Medical and sanitary report on the native army of Bombay for the year
Year: 1877
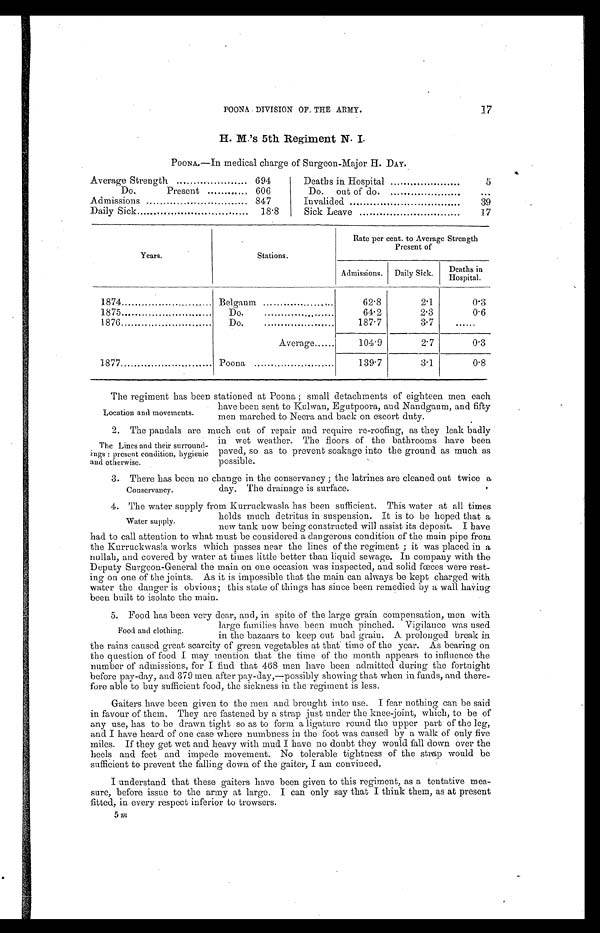
POONA DIVISION OF THE ARMY.
17
H. M.'s 5th Regiment N. I.
POONA.—In medical charge of Surgeon-Major H. DAY.
Average Strength
694
Deaths in Hospital
5
Do.
Present
606
Do. out of do.
...
Admissions
847
Invalided
39
Daily Sick....
1 8 . 8 Sick Leave
17
Years.
Stations.
Rate per cent. to Average Strength
Present of
Admissions. Daily Sick.
Deaths in
Hospital.
1874
Belgaum
.
62.8
2.1
0.3
1875.
Do.
64. 2
2.3
0.6
1876
Do.
187.7
3.7
......
Average......
104.9
2.7
0.3
1877
Poona
139.7
3.1
0.8
The regiment has been stationed at Poona ; small detachments of eighteen men each
have been sent to Kulwan, Egutpoora, and Nandgaum, and fifty
men marched to Neera and back on escort duty.
2 . T h e p a n d a l s a r e m u c h o u t o f r e p a i r a n d r e q u i r e r e - r o o f i n g , a s t h e y l e a k b a d l y
in wet weather. The floors of the bathrooms have been
paved, so as to prevent soakage into the ground as much as
possible.
3. There has been no change in the conservancy ; the latrines are cleaned out twice a
day. The drainage is surface.
4. The water supply from Kurruckwasla has been sufficient. This water at all times
holds much detritus in suspension. It is to be hoped that a
new tank now being constructed will assist its deposit. I have
had to call attention to what must be considered a dangerous condition of the main pipe from
the Kurruckwasla works which passes near the lines of the regiment; it was placed in a
nullah, and covered by water at times little better than liquid sewage. In company with the
Deputy Surgeon-General the main on one occasion was inspected, and solid fœces were rest-
ing on one of the joints. As it is impossible that the main can always be kept charged with
water the danger is obvious; this state of things has since been remedied by a wall having
been built to isolate the main.
5. Food has been very dear, and, in spite of the large grain compensation, men with
large families have been much pinched. Vigilance was used
in the bazaars to keep out bad grain. A prolonged break in
the rains caused great scarcity of green vegetables at that time of the year. As bearing on
the question of food I may mention that the time of the month appears to influence the
number of admissions, for I find that 468 men have been admitted during the fortnight
before pay-day, and 379 men after pay-day,—possibly showing that when in funds, and there-
fore able to buy sufficient food, the sickness in the regiment is less.
Gaiters have been given to the men and brought into use. I fear nothing can be said
in favour of them. They are fastened by a strap just under the knee-joint, which, to be of
any use, has to be drawn tight so as to form a ligature round the upper part of the leg,
and I have heard of one case where numbness in the foot was caused by a walk of only five
miles. If they get wet and heavy with mud I have no doubt they would fall down over the
heels and feet and impede movement. No tolerable tightness of the strap would be
sufficient to prevent the falling down of the gaiter, I am convinced.
I understand that these gaiters have been given to this regiment, as a tentative mea-
sure, before issue to the army at large, I can only say that I think them, as at present
fitted, in every respect inferior to trowsers.
5 m
Location and movements.
The Lines and their surround-
i n g s : p r e s e n t c o n d i t i o n , h y g i e n i c
and otherwise.
Conservancy.
Water supply.
Food and clothing.